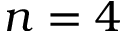
n = 4